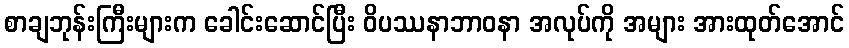
စာချဘုန်းကြီးများက ခေါင်းဆောင်ပြီး ဝိပဿနာဘာဝနာ အလုပ်ကို အများ အားထုတ်အောင်